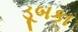
ડૂબકા